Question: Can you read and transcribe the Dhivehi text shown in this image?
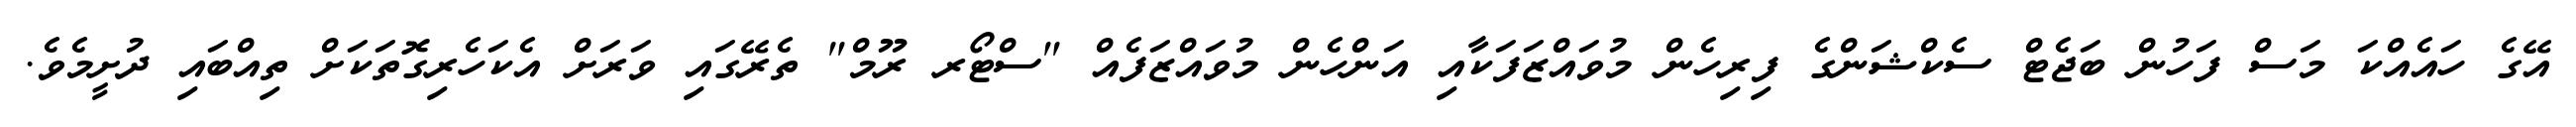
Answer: އޭގެ ހައެއްކަ މަސް ފަހުން ބަޖެޓް ސެކްޝަންގެ ފިރިހެން މުވައްޒަފަކާއި އަންހެން މުވައްޒަފެއް "ސްޓޯރ ރޫމް" ތެރޭގައި ވަރަށް އެކަހެރިގޮތަކަށް ތިއްބައި ދުށީމެވެ.